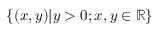
\{ ( x , y ) | y > 0 ; x , y \in \mathbb { R } \}